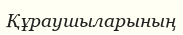
Құраушыларының